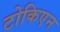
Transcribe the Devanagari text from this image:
टोकिएन